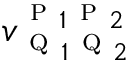
v _ { \textsc { q } _ { 1 } \textsc { q } _ { 2 } } ^ { \textsc { p } _ { 1 } \textsc { p } _ { 2 } }